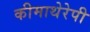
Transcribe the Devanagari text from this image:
कीमाथेरेपी